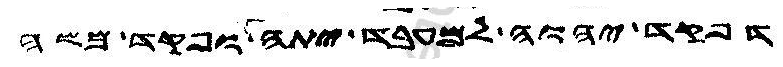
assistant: דפקד יהוה למעבד יתה ופקד משה